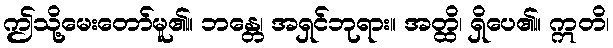
ဤသို့မေးတော်မူ၏။ ဘန္တေ၊ အရှင်ဘုရား။ အတ္ထိ၊ ရှိပေ၏။ ဣတိ၊